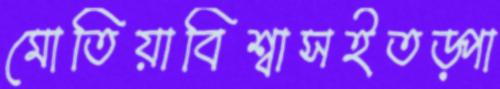
মোতিয়াবিশ্বাসইতড়্‌পা